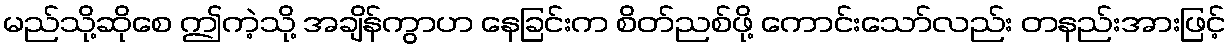
မည်သို့ဆိုစေ ဤကဲ့သို့ အချိန်ကွာဟ နေခြင်းက စိတ်ညစ်ဖို့ ကောင်းသော်လည်း တနည်းအားဖြင့်